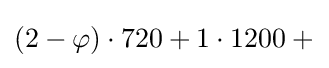
(2-\varphi )\cdot 720+1\cdot 1200+{}\!